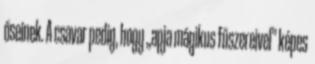
őseinek. A csavar pedig, hogy „apja mágikus fűszereivel” képes